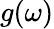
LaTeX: g(\omega)